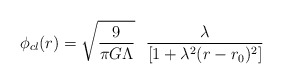
\begin{align*}\phi_{cl}(r)={\sqrt{\frac{9}{\pi G \Lambda}}}~~\frac{\lambda}{[1+\lambda^2 (r-r_0)^2]}\end{align*}